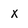
Character: X